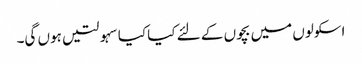
اسکولوں میں بچوں کے لئے کیا کیا سہولتیں ہوں گی۔